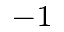
^ { - 1 }